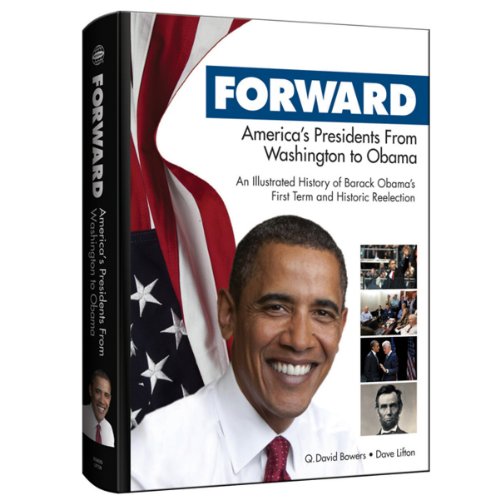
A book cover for Forward: America's Presidents from Washington to Obama; Q. David Bowers; Crafts, Hobbies & Home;